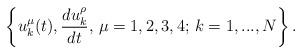
LaTeX: \begin{align*} \left\{u^\mu_k(t),\frac{d u^\rho_k}{d t},\,\mu=1,2,3,4;\, k=1,...,N\right\}. \end{align*}